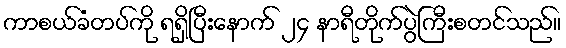
ကာစယ်ခံတပ်ကို ရရှိပြီးနောက် ၂၄ နာရီတိုက်ပွဲကြီးစတင်သည်။